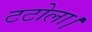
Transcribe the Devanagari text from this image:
टटोला।